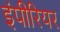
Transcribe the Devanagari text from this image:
इंपीरियर